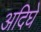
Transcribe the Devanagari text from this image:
अदिघे